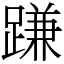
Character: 𨃰